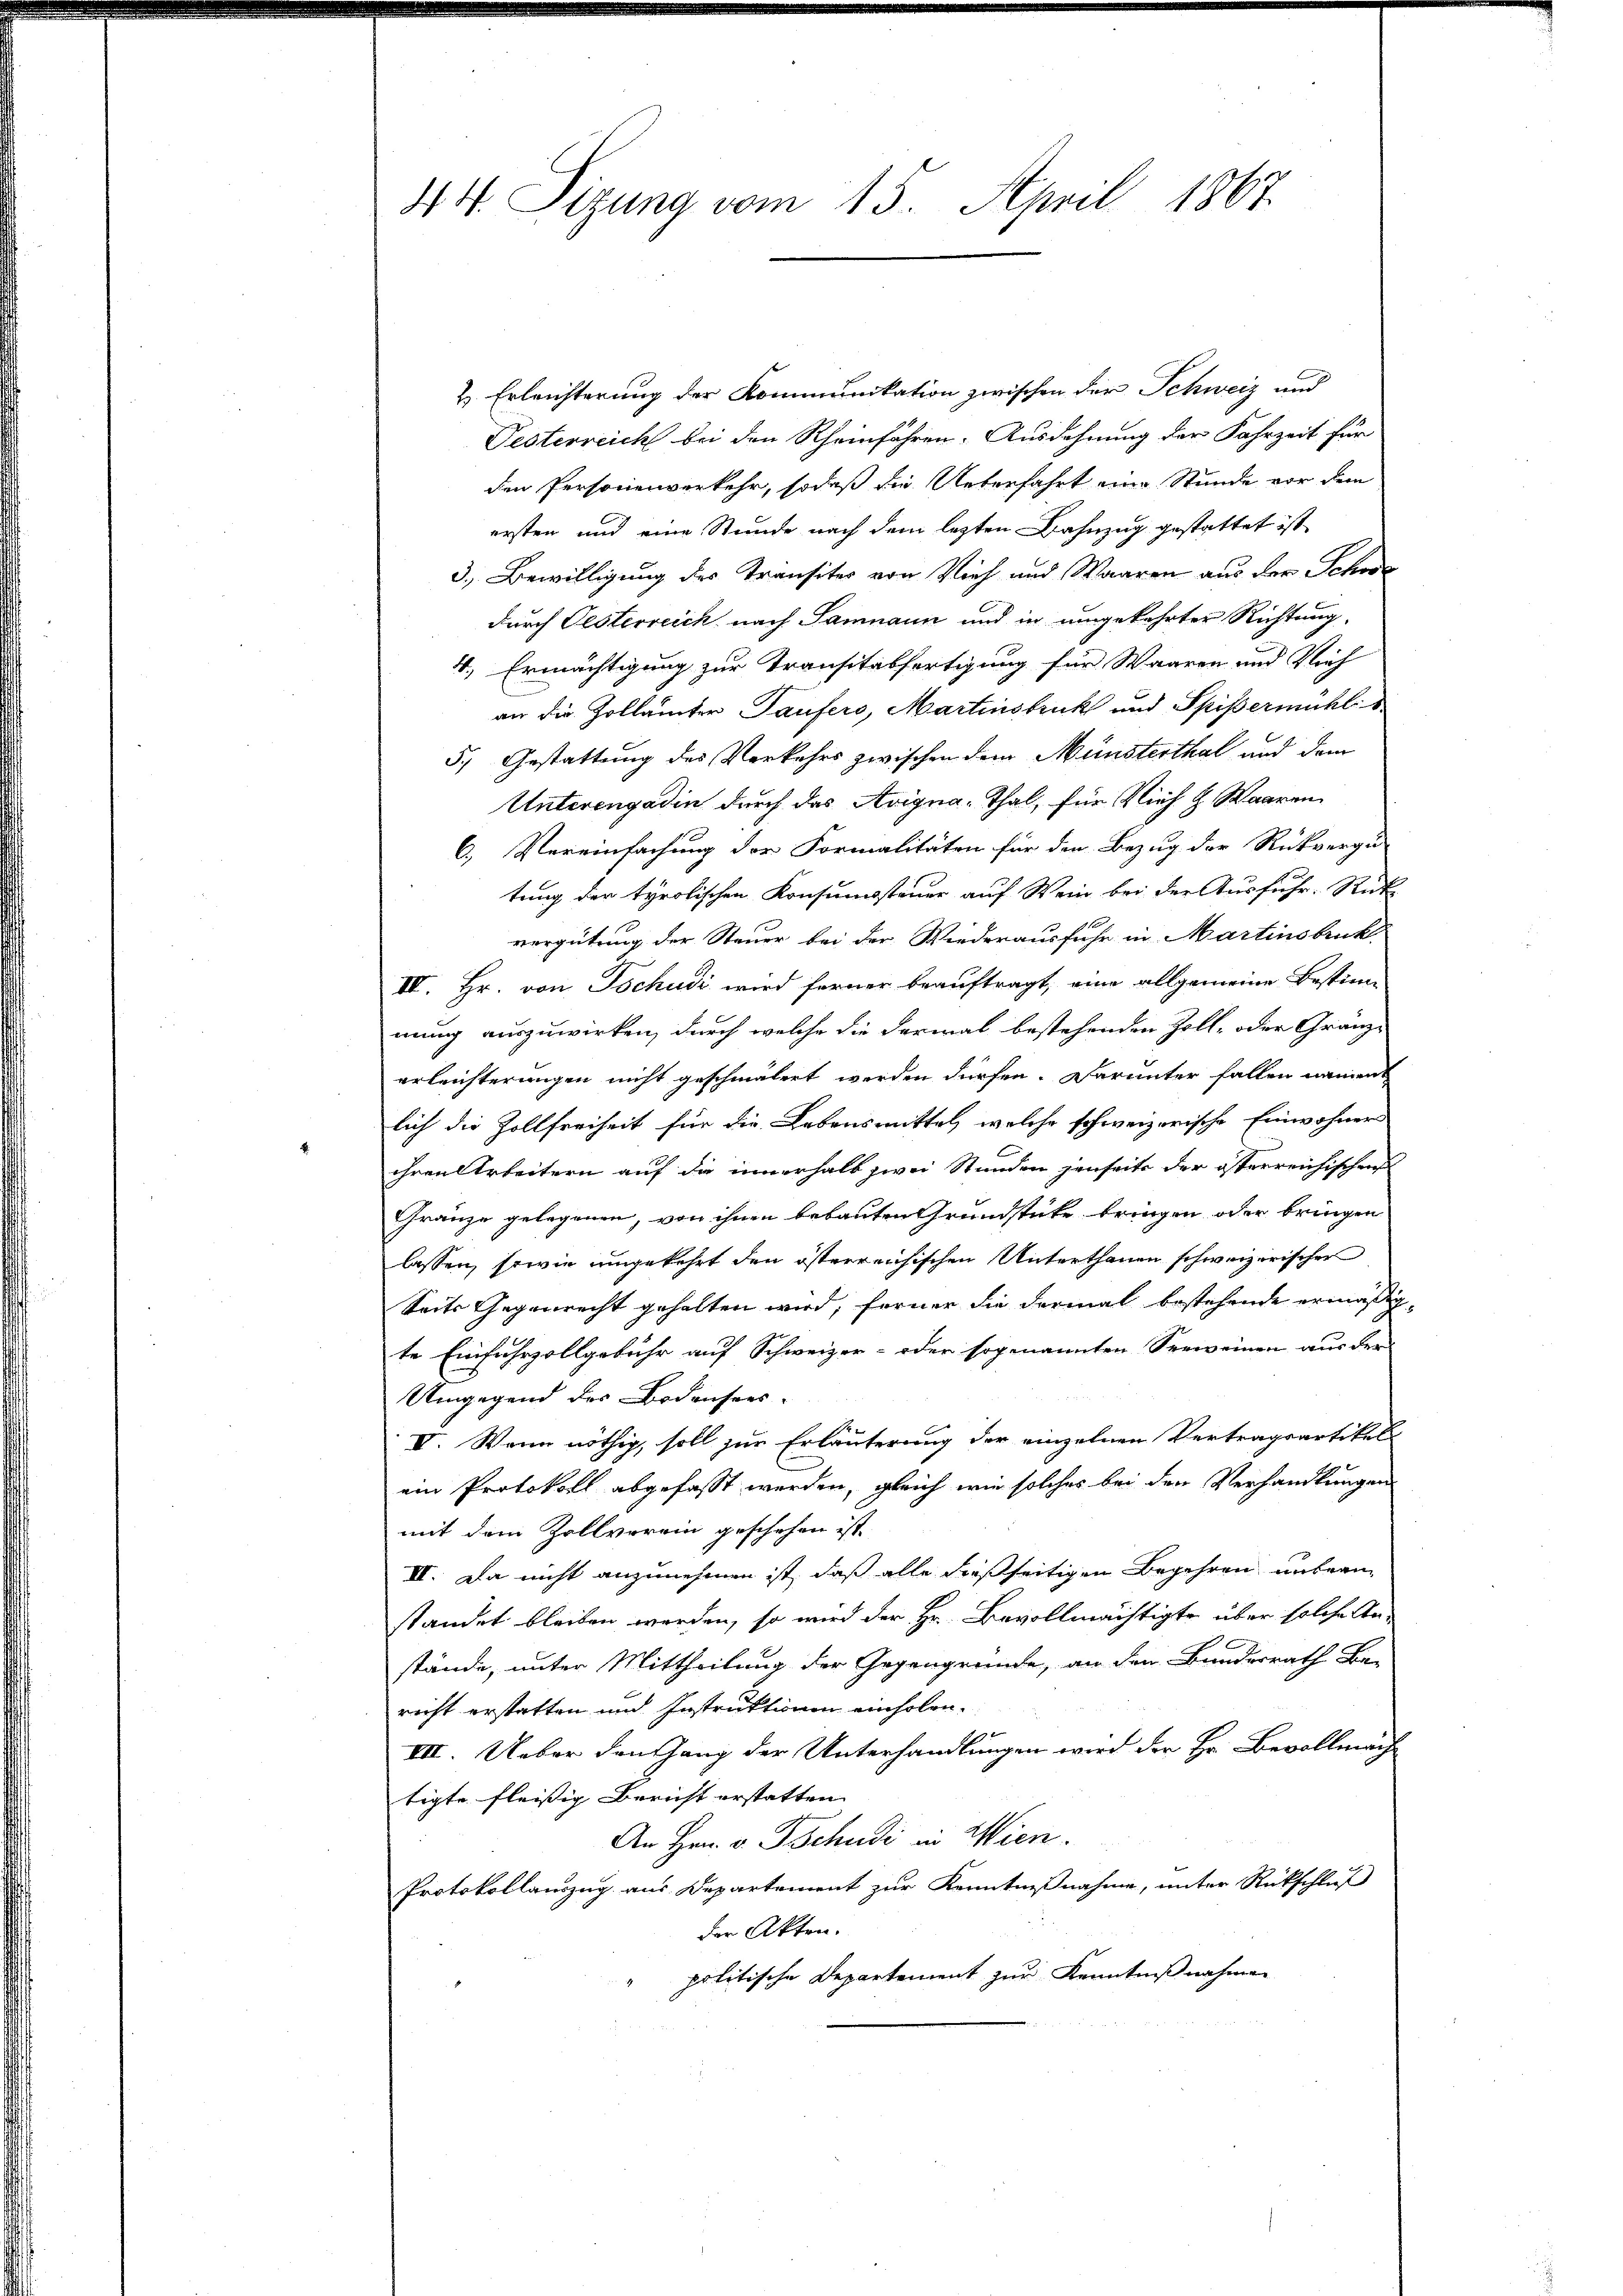
2. Erleichterung der Kommunikation zwischen der Schweiz und
Pesterreich bei den Rheinfahren-Ausdehnung der Fahrzeit für
den Personenverkehr, sodaß die Ueberfahrt eine Stunde vor dem
ersten und eine Stunde nach dem lezten Bahnzug gestattet ist,
3.) Bewilligung des Transites von Vieh und Waaren aus der Schwe
durch Oesterreich nach Samnaun und in umgekehrter Richtung,
4., Ermächtigung zur Transitabfertigung für Waaren und Vieh
an die Zollämter Taufers, Martinsbruckt und Spißermühlis
5.) Gestattung des Verkehrs zwischen dem Münsterthal und dem
Unterengadin durch das Avigna-Thal, für Vieh u. Waaren
6) Vereinfachung der Formalitäten für den Bezug der Rückverge-
tung der tyrolischen Konsumsteuer auf Wein bei der Ausfuhr. Rück-
vergütung der Steuer bei der Wiederausfuhr in Martinsbruck
IV. Hr. von Tschudi wird ferner beauftragt, eine allgemeine Bestimmung auszuwirken, durch welche die dermal bestehenden Zoll- oder Gränzerleichterungen nicht geschmälert werden dürfen. Darunter fallen nament
lich die Zollfreiheit für die Lebensmittel, welche schweizerische Einwohners
ihren Arbeitern auf die innerhalb zwei Stunden jenseits der österreichischen
Gränze gelegenen, von ihnen bebauten Grundstücke bringen oder bringen
lassen, sowie umgekehrt den österreichischen Unterthanen schweizerischer
Seits Gegenrecht gehalten wird, ferner die dermal bestehende ermäßigte Einfuhrzollgebühr auf Schweizer- oder sogenannten Seeweinen aus der
Umgegend des Bodensers-
V. Wenn nöthig, soll zur Erläuterung der einzelnen Vertragsartikels
ein Protokoll abgefasst werden, gleich wie solches bei den Verhandlungen
mit dem Zollverein geschehen ist.
II. Da nicht anzunehmen ist, daß alle dießseitigen Begehren unterm
standet bleiben werden, so wird der Hr. Bevollmächtigte über solche An-
stände, unter Mittheilung der Gegengründe, an den Bunderrath Be-
recht erstatten und Instruktionen einholen.
III. Ueber den Gang der Unterhandlungen wird der Hr. Bevollmäch
tigte fleissig Bericht erstatten. |
An Hrn. v. Tschudi in Wien.
Protokollauszug aus Departement zur Kenntnißnahme, unter Rückschluß
der Akten.
politische Departement zur Kenntnißnahmen

44. Sizung vom 15. April 1867.